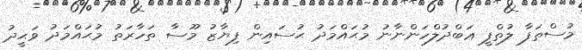
މުސްތަފާ ލުތްފީ ޢަބްދުލްހަންނާނު މުޙައްމަދު ޙުސައިން ފިޔާޒު މޫސާ ތަހާރަތު މުޙައްމަދު ވަޙީދު